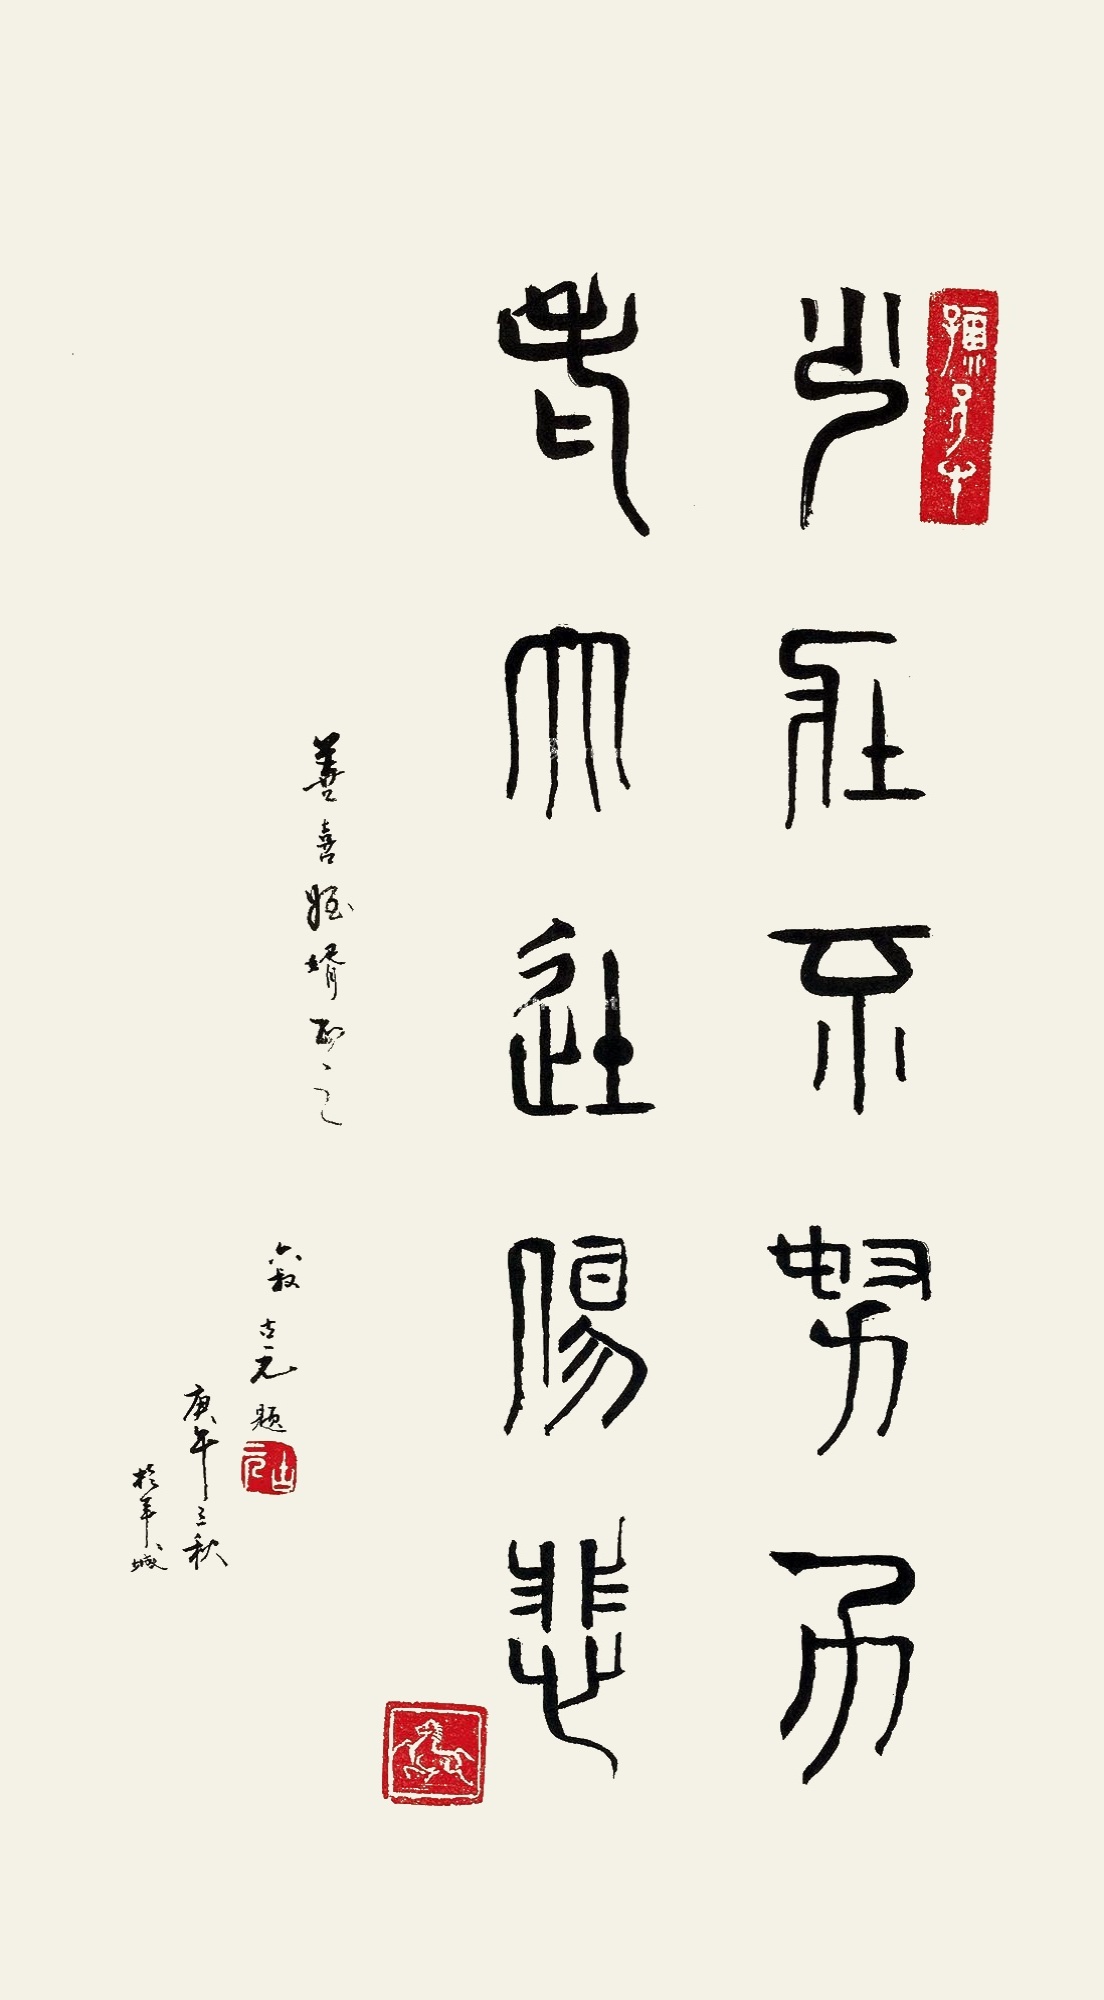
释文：少壮不努力，老大徒伤悲。善喜侄婿正之，六叔古元题，庚午立秋于羊城。